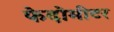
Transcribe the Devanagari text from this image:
फेदोमीटर